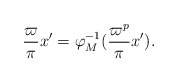
\begin{align*}\frac\varpi\pi x' = \varphi_M^{-1}(\frac{\varpi^p}\pi x').\end{align*}